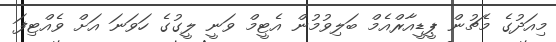
މިއަދުގެ މެޗުން ޕީޑީއާރްއެމް ބަލިވުމުން އެޓީމް ވަނީ ލީގުގެ ހަވަނަ އަށް ވެއްޓިފަ